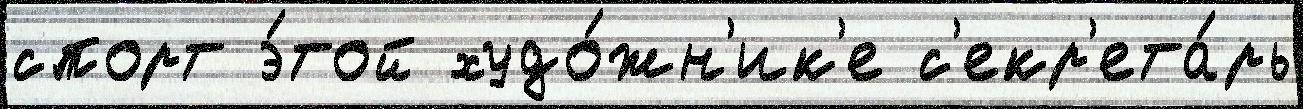
спорт э́той худо́жн'ик'е с'екр'ета́рь